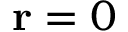
\mathbf { r } = 0